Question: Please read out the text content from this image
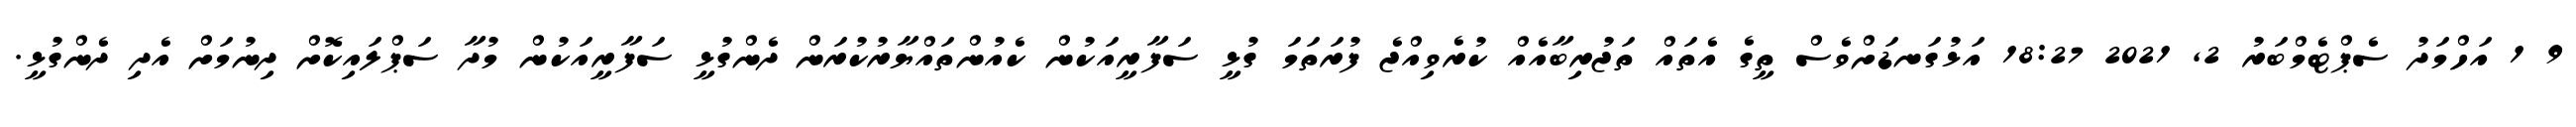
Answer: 9 1 އަހްމަދު ސެޕްޓެމްބަރު 2, 2021 18:27 އަޅުގަނޑަށްވެސް ތީގެ އެތައް ތަޖުރިބާއެއް ކުރެވިއްޖެ ފުރަތަމަ ގުޅީ ސަފާރީއަކުން ކެއުންތައްޔާރުކުރަން ދެންގުޅީ ސަފާރީއަކުން މުދާ ސަޕްލައިކޮށް ދިނުމަށް އެދި ދެންގުޅީ.